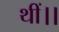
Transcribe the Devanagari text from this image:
थीं।।